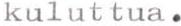
kuluttua.